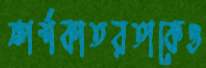
স্পর্শকাতরতাকেও